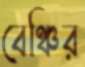
বেঞ্চির